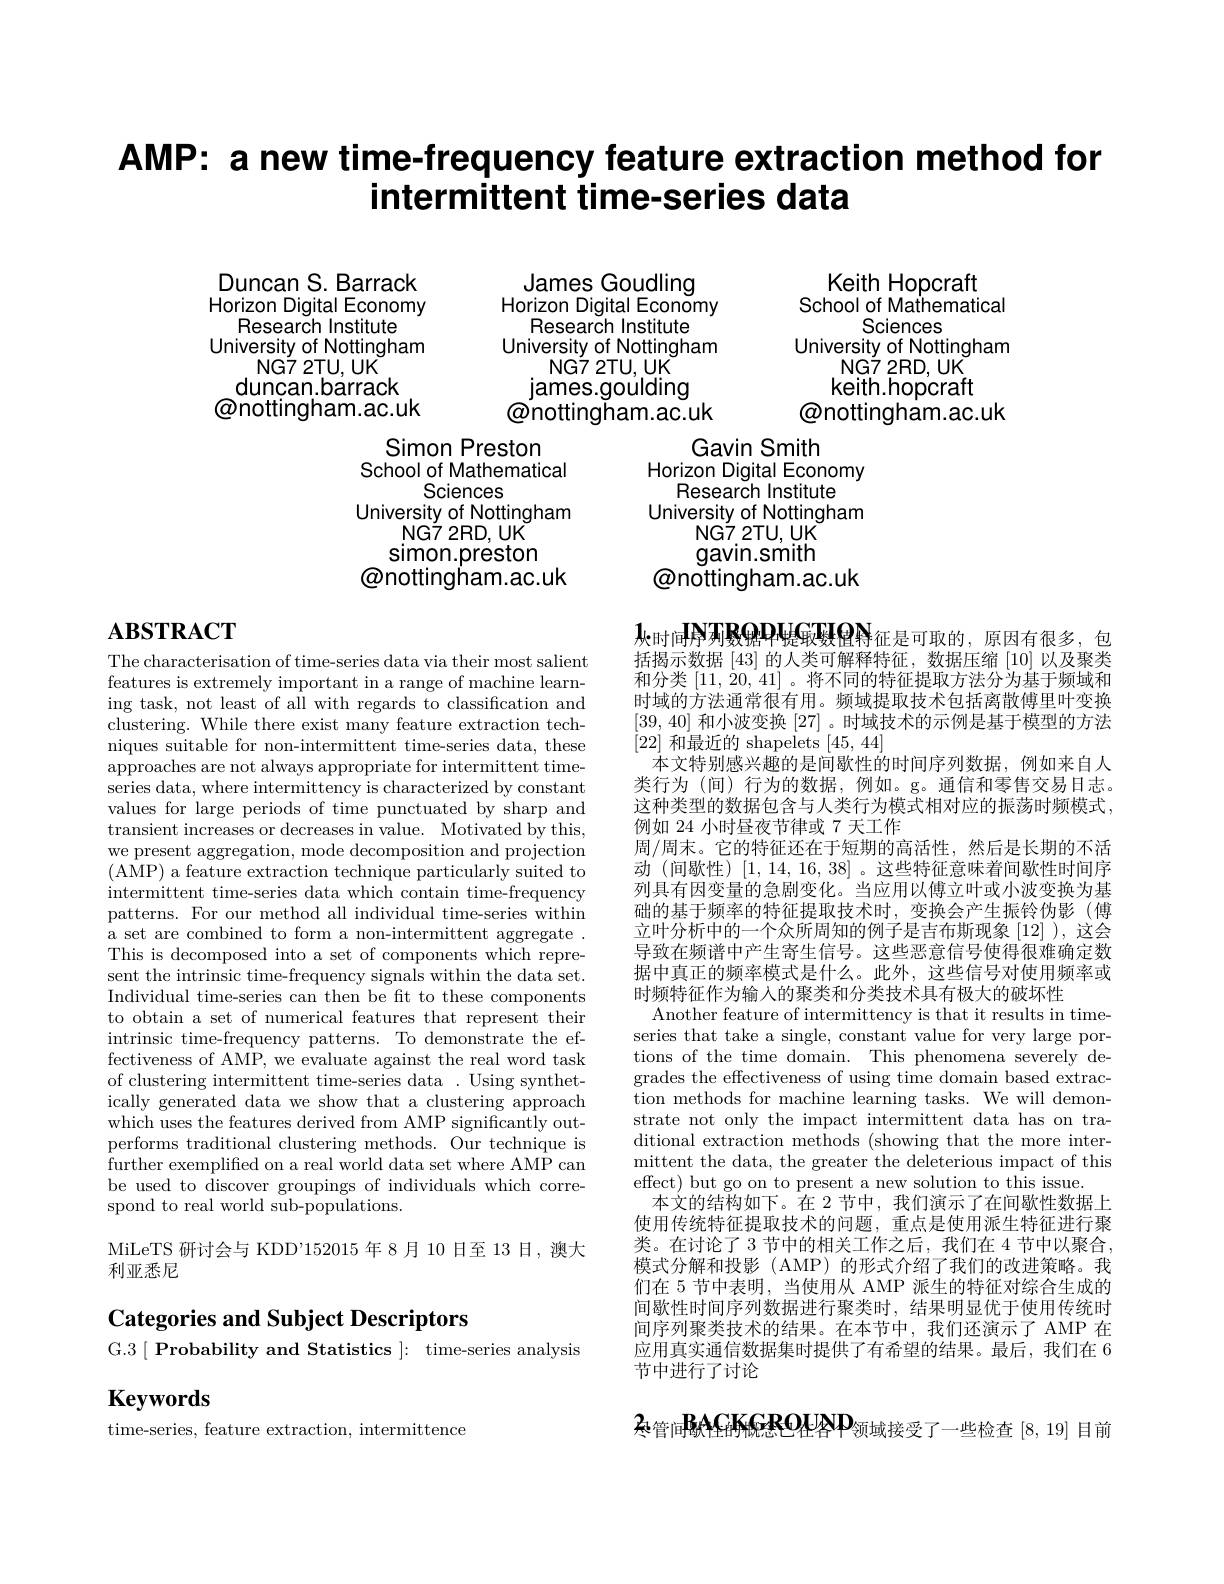
# AMP: a new time-frequency feature extraction method for intermittent time-series data

James Goudling

Horizon Digital Economy

Research Institute

Duncan S. Barrack Horizon Digital Economy
Research Institute
University of Nottingham
NG7 2TU, UK duncan.barrack
@nottingham.ac.uk

University of Nottingham

Keith Hopcraft
School of Mathematical
Sciences
University of Nottingham
NG7 2RD, UK keith.hopcraft
@nottingham.ac.uk

NG7 2TU, UK

james.goulding

@nottingham.ac.uk

Simon Preston

Gavin Smith

School of Mathematical

Horizon Digital Economy

Research Institute

Sciences

University of Nottingham

University of Nottingham

NG7 2RD, UK

NG7. 2TU, UK

gavin.smith

simon.preston

@nottingham.ac.uk

@nottingham.ac.uk

# $\mathbf{ABSTRACT}$

The characterisation of time-series data via their most salient features is extremely important in a range of machine learning task, not least of all with regards to classification and clustering. While there exist many feature extraction techniques suitable for non-intermittent time-series data, these approaches are not always appropriate for intermittent timeseries data, where intermittency is characterized by constant values for large periods of time punctuated by sharp and transient increases or decreases in value. Motivated by this, we present aggregation, mode decomposition and projection (AMP) a feature extraction technique particularly suited to intermittent time-series data which contain time-frequency patterns. For our method all individual time-series within a set are combined to form a non-intermittent aggregate . This is decomposed into a set of components which represent the intrinsic time-frequency signals within the data set. Individual time-series can then be fit to these components to obtain a set of numerical features that represent their intrinsic time-frequency patterns. To demonstrate the effectiveness of AMP, we evaluate against the real word task of clustering intermittent time-series data . Using synthetically generated data we show that a clustering approach which uses the features derived from AMP significantly outperforms traditional clustering methods. Our technique is further exemplified on a real world data set where AMP can be used to discover groupings of individuals which correspond to real world sub-populations.

$1_{\text{火时间}}$NJAGRAPU是取数值特征是可取的，原因有很多，包括揭示数据[43]的人类可解释特征，数据压缩[10]以及聚类和分类$[11,\dot{2}0,41]$ 。将不同的特征提取方法分为基于频域和时域的方法通常很有用。频域提取技术包括离散傅里叶变换[39,40]和小波变换[27] 。时域技术的示例是基于模型的方法[22]和最近的 shapelets [45,44]
本文特别感兴趣的是间歇性的时间序列数据，例如来自人类行为(间)行为的数据，例如。g。通信和零售交易日志。这种类型的数据包含与人类行为模式相对应的振荡时频模式， 例如 24 小时昼夜节律或 7 天工作
周/周末。它的特征还在于短期的高活性，然后是长期的不活动 (间歇性) [1,14,16,38] 。这些特征意味着间歇性时间序列具有因变量的急剧变化。当应用以傅立叶或小波变换为基础的基于频率的特征提取技术时，变换会产生振铃伪影(傅立叶分析中的一个众所周知的例子是吉布斯现象[12] ),这会导致在频谱中产生寄生信号。这些恶意信号使得很难确定数据中真正的频率模式是什么。此外，这些信号对使用频率或时频特征作为输入的聚类和分类技术具有极大的破坏性
Another feature of intermittency is that it results in timeseries that take a single, constant value for very large portions of the time domain. This phenomena severely degrades the effectiveness of using time domain based extraction methods for machine learning tasks. We will demonstrate not only the impact intermittent data has on traditional extraction methods (showing that the more intermittent the data, the greater the deleterious impact of this effect) but go on to present a new solution to this issue.
本文的结构如下。在 2 节中，我们演示了在间歇性数据上使用传统特征提取技术的问题，重点是使用派生特征进行聚类。在讨论了 3 节中的相关工作之后，我们在 4 节中以聚合， 模式分解和投影(AMP)的形式介绍了我们的改进策略。我们在 5 节中表明，当使用从 AMP 派生的特征对综合生成的间歇性时间序列数据进行聚类时，结果明显优于使用传统时间序列聚类技术的结果。在本节中，我们还演示了 AMP 在应用真实通信数据集时提供了有希望的结果。最后，我们在 6节中进行了讨论

MiLeTS 研讨会与 KDD'152015 年 8月 10 日至 13 日，澳大
利亚悉尼

## Categories and Subject Descriptors G.3$\mid \textbf{Probability and Statistics }] :$ time-series analysis

Keywords

$z_\text{管间}{\mathrm{RAAGKGRO}}$LAP$z_\text{领域接受了一些检查}[8,19]$目前

time- series,  feature extraction,  intermittence